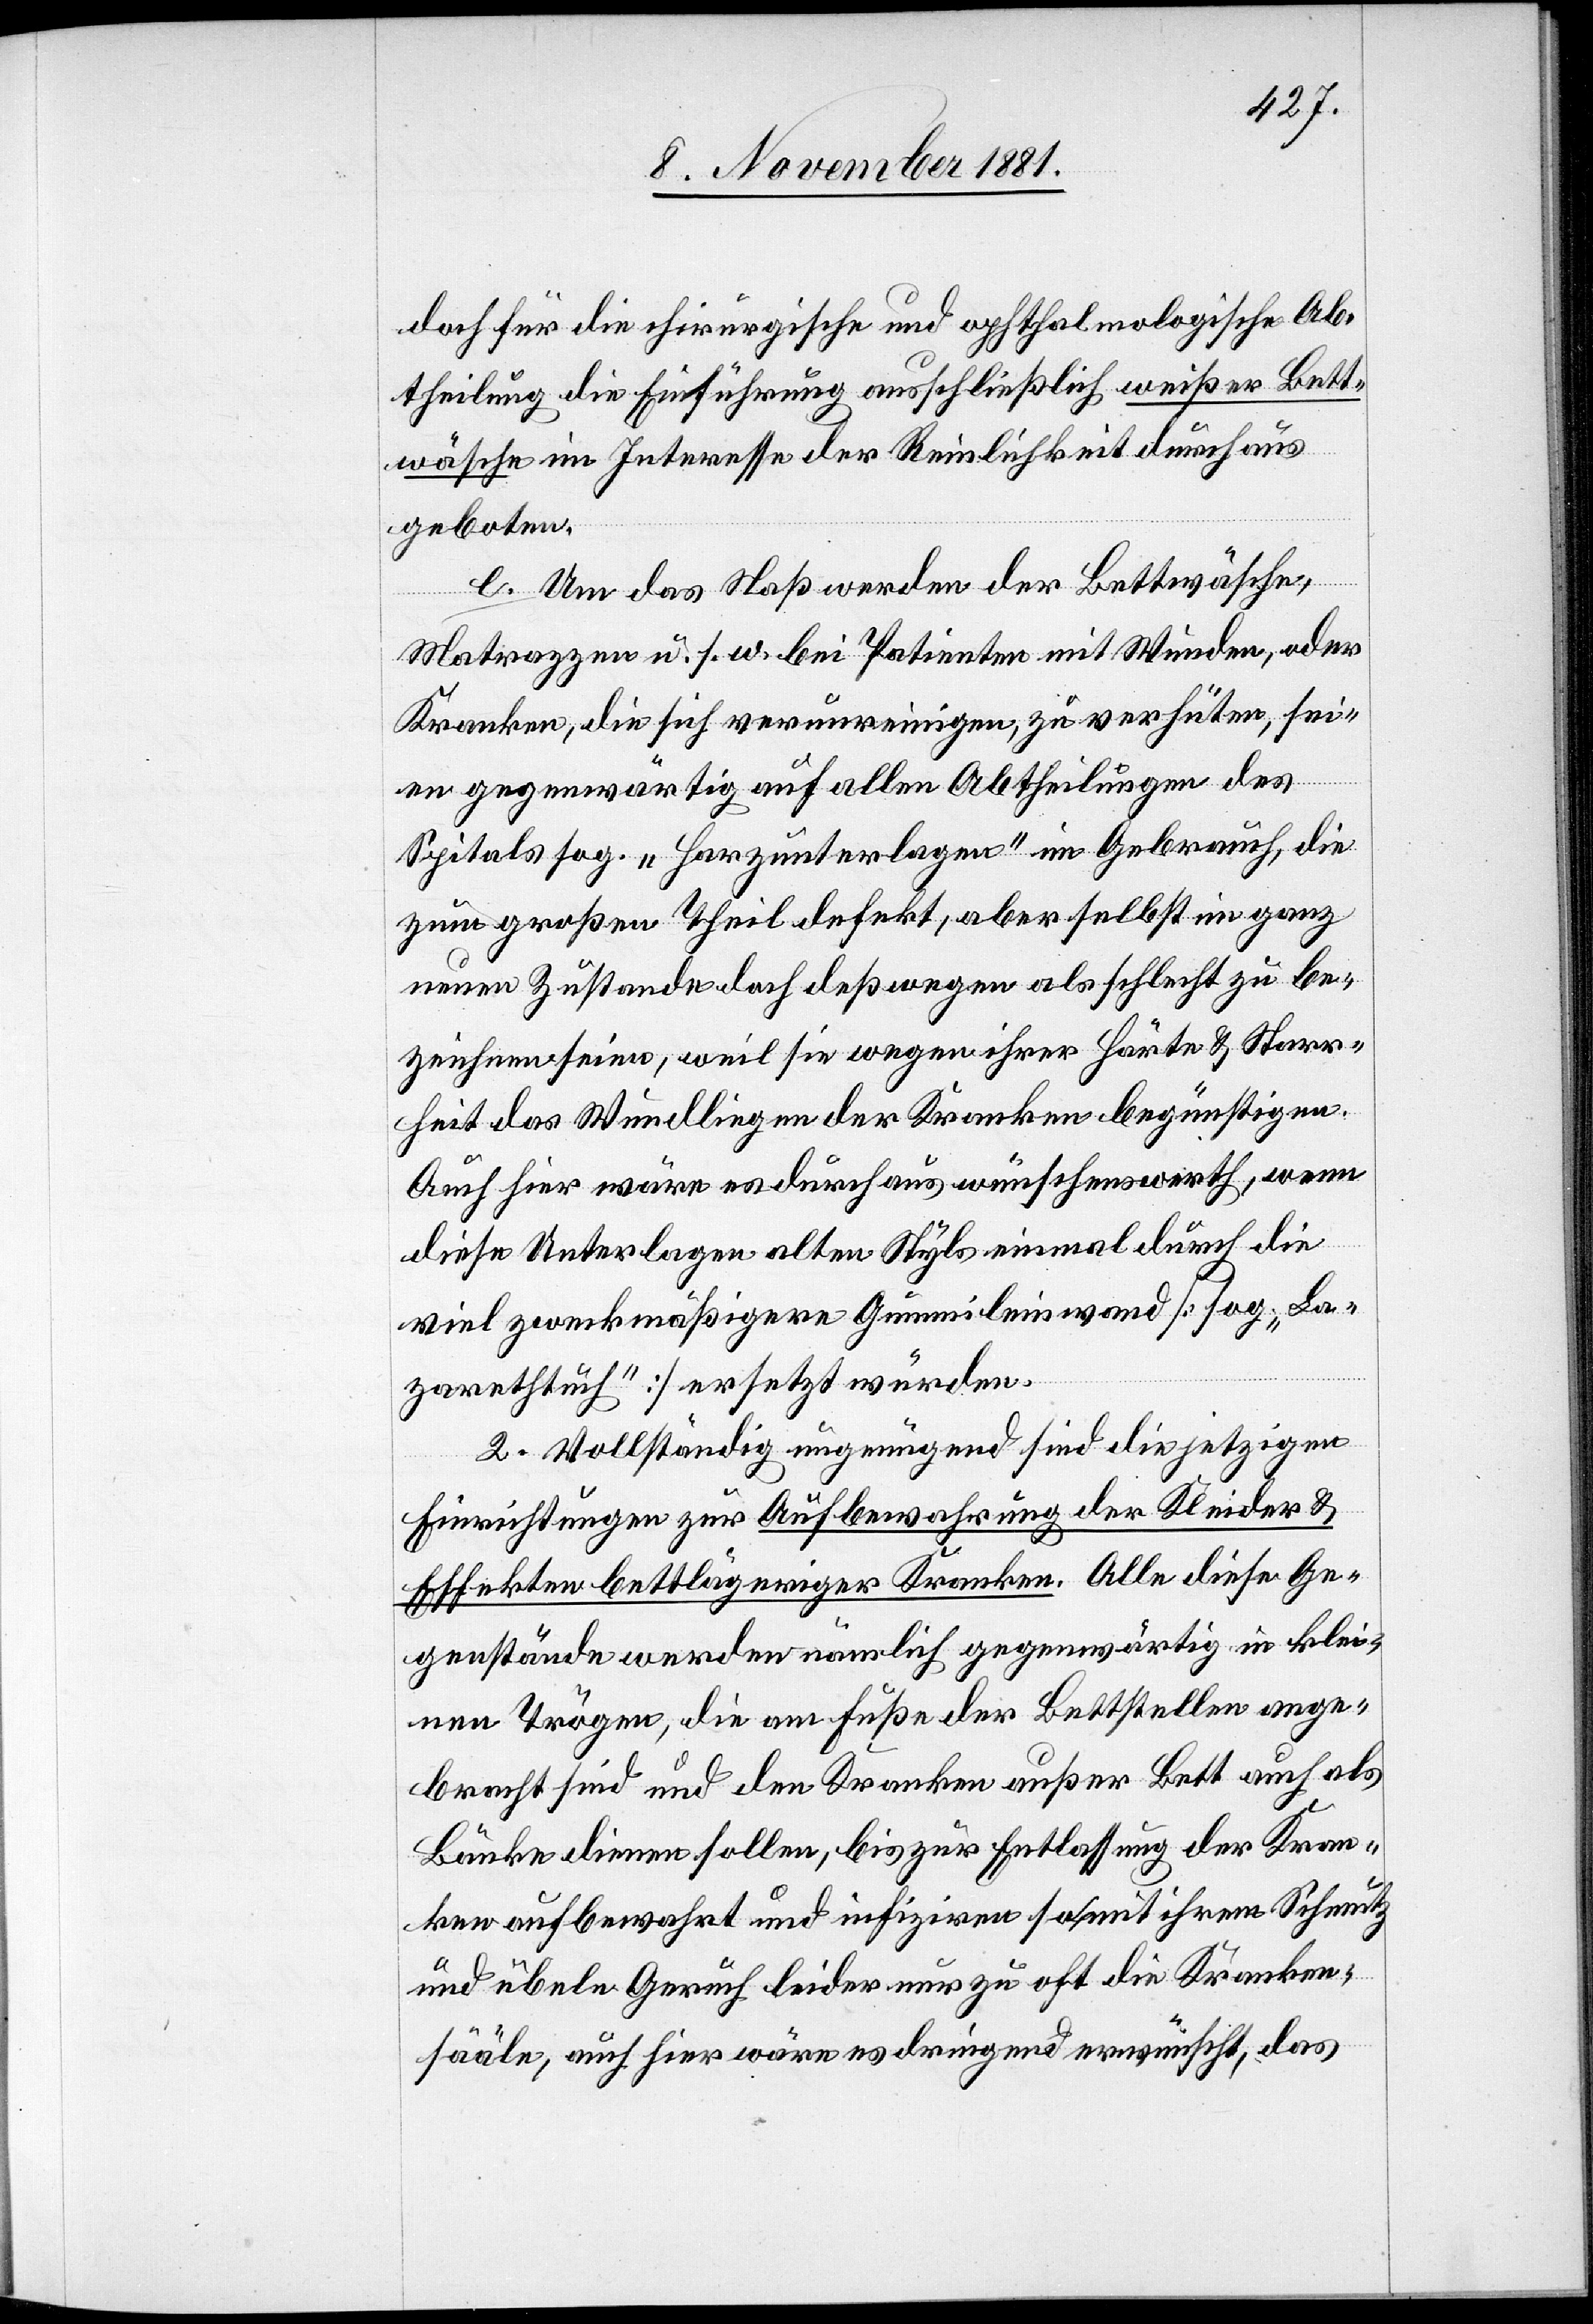
doch für die chirurgische und ophthalmologische Ab¬
theilung die Einführung ausschließlich weißer Bett¬
wäsche im Interesse der Reinlichkeit durchaus
geboten.
e. Um das Naßwerden der Bettwäsche,
Matrazzen u. s. w. bei Patienten mit Wunden, oder
Kranken, die sich verunreinigen, zu verhüten, sei¬
en gegenwärtig auf allen Abtheilungen des
Spitals sog. „Harzunterlagen“ im Gebrauch, die
zum großen Theil defekt, aber selbst im ganz
neuen Zustande doch deßwegen als schlecht zu be¬
zeichnen seien, weil sie wegen ihrer Härte & Starr¬
heit das Wundliegen der Kranken begünstigen.
Auch hier wäre es durchaus wünschenswerth, wenn
diese Unterlagen alten Styls einmal durch die
viel zweckmäßigere Gummileinwand [sog. „La¬
zarethtuch“] ersetzt würden.
2. Vollständig ungenügend sind die jetzigen
Einrichtungen zur Aufbewahrung der Kleider &
Effekten bettlägeriger Kranken. Alle diese Ge¬
genstände werden nämlich gegenwärtig in klei¬
nen Trögen, die am Fuße der Bettstellen ange¬
bracht sind und den Kranken außer Bett auch als
Bänke dienen sollen, bis zur Entlassung der Kran¬
ken aufbewahrt und infiziren so mit ihrem Schmutz
und übeln Geruch leider nur zu oft die Kranken¬
sääle, auch hier wäre es dringend erwünscht, das